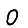
Digit: 0